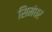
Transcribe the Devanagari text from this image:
सिमंधर